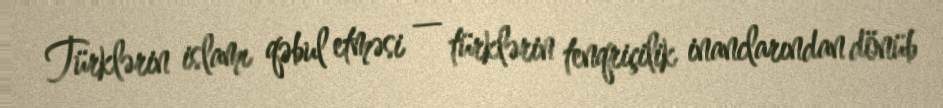
Türklərin islamı qəbul etməsi — türklərin tenqriçilik inanclarından dönüb